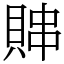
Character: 賗